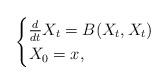
LaTeX: \begin{align*} \begin{cases}\frac{d}{dt} X_t = B(X_t,X_t) \\X_0 = x,\end{cases}\end{align*}